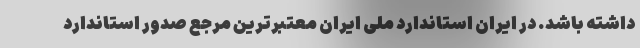
داشته باشد. در ایران استاندارد ملی ایران معتبرترین مرجع صدور استاندارد